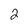
Character: 2